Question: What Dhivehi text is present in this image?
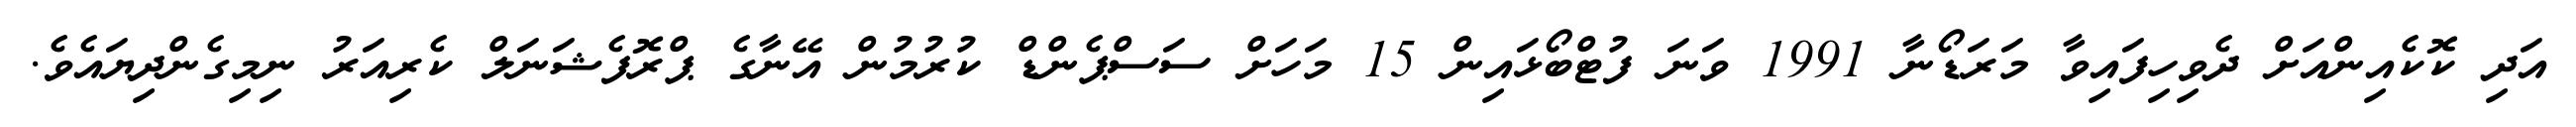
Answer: އަދި ކޮކެއިންއަށް ދެވިހިފައިވާ މަރަޑޯނާ 1991 ވަނަ ފުޓްބޯޅައިން 15 މަހަށް ސަސްޕެންޑް ކުރުމުން އޭނާގެ ޕްރޮފެޝަނަލް ކެރިއަރު ނިމިގެންދިޔައެވެ.